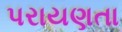
પરાયણતા